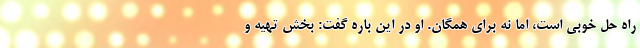
راه حل خوبی است، اما نه برای همگان. او در این باره گفت: بخش تهیه و